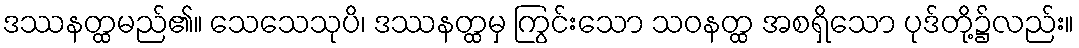
ဒဿနတ္ထမည်၏။ သေသေသုပိ၊ ဒဿနတ္ထမှ ကြွင်းသော သဝနတ္ထ အစရှိသော ပုဒ်တို့၌လည်း။